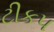
ટીકપ